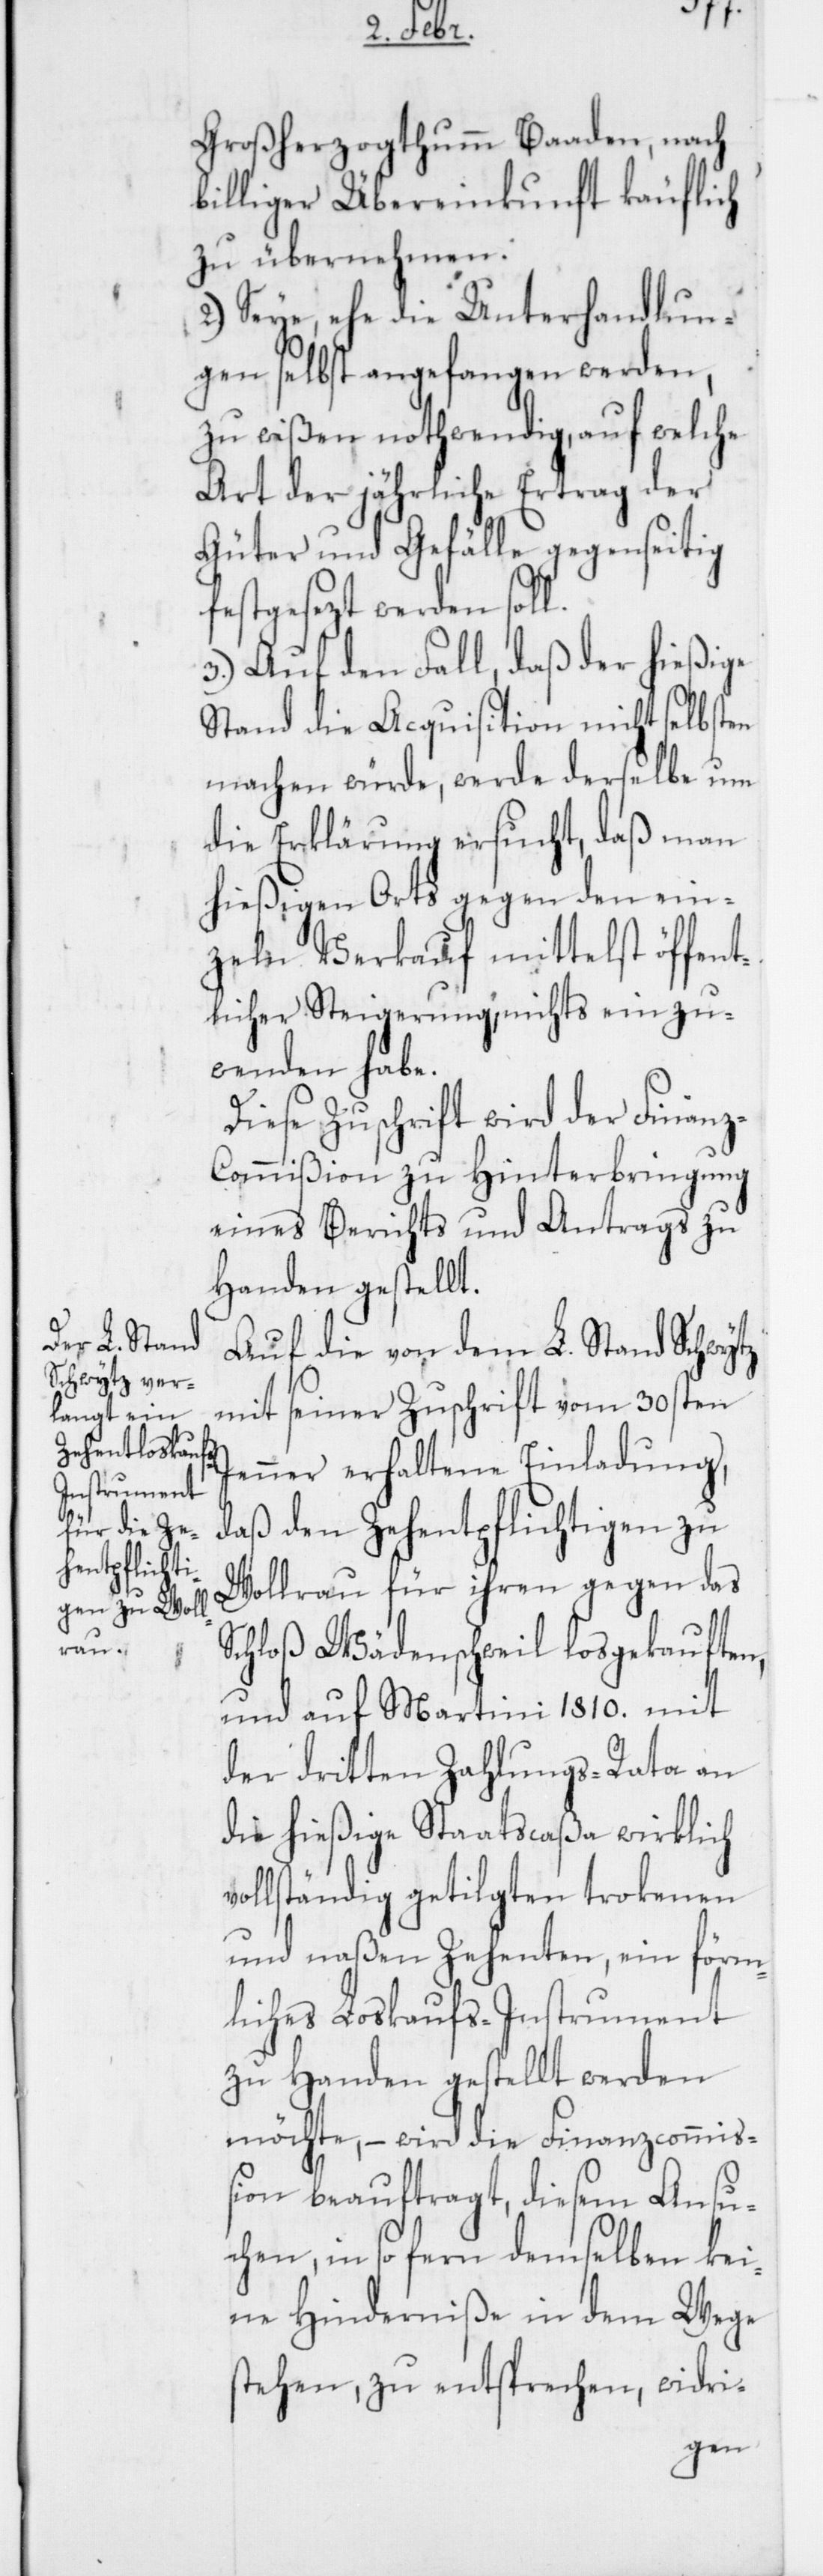
Großherzogthum Baaden, nach
billiger Übereinkunft käuflich
zu übernehmen.
Seye, ehe die Unterhandlun¬
gen selbst angefangen werden,
zu wißen nothwendig, auf welche
Art der jährliche Ertrag der
Güter und Gefälle gegenseitig
festgesezt werden soll.
3.) Auf den Fall, daß der hießige
Stand die Acquisition nicht selbsten
machen würde, werde derselbe um
die Erklärung ersucht, daß man
hießigen Orts gegen den ein¬
zeln Verkauf mittelst öffent¬
licher Steigerung, nichts einzu¬
wenden habe.
Diese Zuschrift wird der Finan¬
z-Commißion zu Hinterbringung
eines Berichts und Antrags zu
Handen gestellt.
Auf die von dem L. Stand Schwytz
mit seiner Zuschrift vom 30sten
Jenner erhaltene Einladung,
daß den Zehentpflichtigen zu
Wollrau für ihren gegen das
Schloß Wädenschweil losgekauften,
und auf Martini 1810. mit
der dritten Zahlungs-Rata an
die hießige Staatscaßa wirklich
vollständig getilgten trokenen
und naßen Zehenten, ein förm¬
liches Loskaufs-Instrument
zu Handen gestellt werden
möchte, – wird die Finanzcommiß¬
ion beauftragt, diesem Ansu¬
chen, in so fern demselben kei¬
ne Hinderniße in dem Wege
stehen, zu entsprechen, widri-